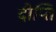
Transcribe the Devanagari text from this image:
दीप्‍ति